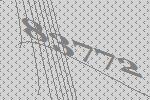
83772